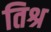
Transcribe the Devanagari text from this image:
तिश्र